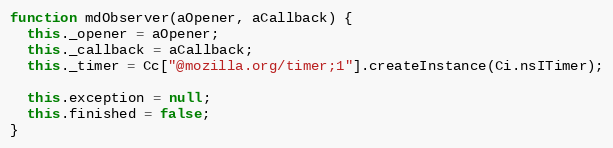
Language: JavaScript
function mdObserver(aOpener, aCallback) {
  this._opener = aOpener;
  this._callback = aCallback;
  this._timer = Cc["@mozilla.org/timer;1"].createInstance(Ci.nsITimer);

  this.exception = null;
  this.finished = false;
}